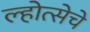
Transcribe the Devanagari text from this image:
ल्होत्सेचे